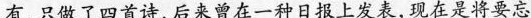
有，只做了四首诗，后来曾在一种日报上发表，现在是将要忘